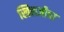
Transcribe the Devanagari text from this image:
खिलजीचा